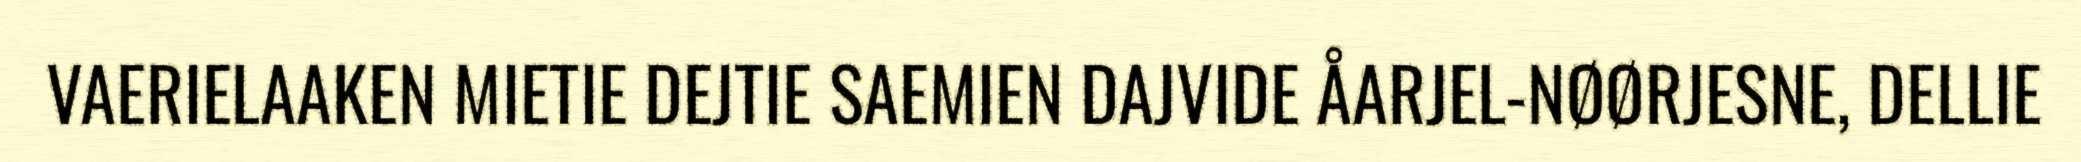
VAERIELAAKEN MIETIE DEJTIE SAEMIEN DAJVIDE ÅARJEL-NØØRJESNE, DELLIE